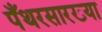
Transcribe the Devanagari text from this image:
पँथरसारख्या